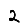
Digit: 2